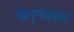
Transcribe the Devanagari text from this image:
फेर्‍यांचा